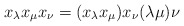
\begin{align*}x_{\lambda} x_{\mu}x_{\nu} = (x_{\lambda} x_{\mu})x_{\nu} (\lambda\mu)\nu\end{align*}